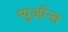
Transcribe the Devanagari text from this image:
म्युऑन्स